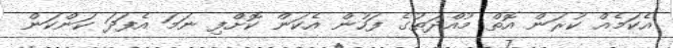
އެކަމެއް ކުރަން އޮތް މުއްދަތުގެ ފަހުން އެކަން ކޮޮށްފި ނަމަ އެފަދަ ކަންކަން